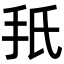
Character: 𫼙